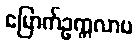
မြောက်ဥက္ကလာပ